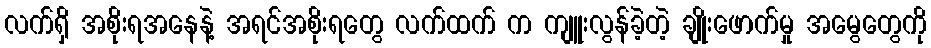
လက်ရှိ အစိုးရအနေနဲ့ အရင်အစိုးရတွေ လက်ထက် က ကျူးလွန်ခဲ့တဲ့ ချိုးဖောက်မှု အမွေတွေကို